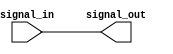
module non_inverting_buffer (
    input wire signal_in,
    output wire signal_out
);

assign signal_out = signal_in;

endmodule